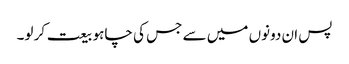
پس ان دونوں میں سے جس کی چاہو بیعت کر لو۔